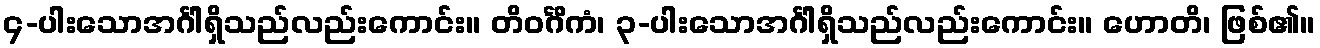
၄-ပါးသောအင်္ဂါရှိသည်လည်းကောင်း။ တိဝင်္ဂိကံ၊ ၃-ပါးသောအင်္ဂါရှိသည်လည်းကောင်း။ ဟောတိ၊ ဖြစ်၏။